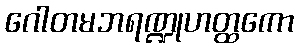
ဂေါတမဘရဏ္ဍုဟတ္ထကော